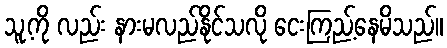
သူ့ကို လည်း နားမလည်နိုင်သလို ငေးကြည့်နေမိသည်။